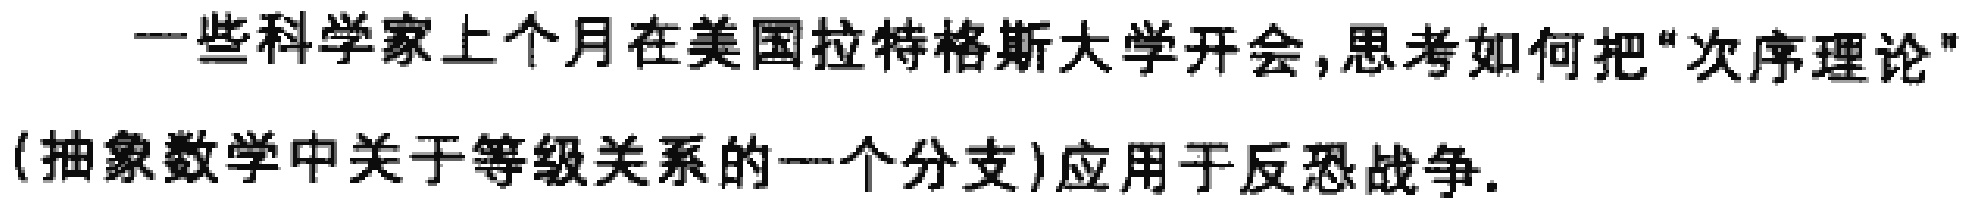
一些科学家上个月在美国拉特格斯大学开会,思考如何把"次序理论"(抽象数学中关于等级关系的一个分支)应用于反恐战争.